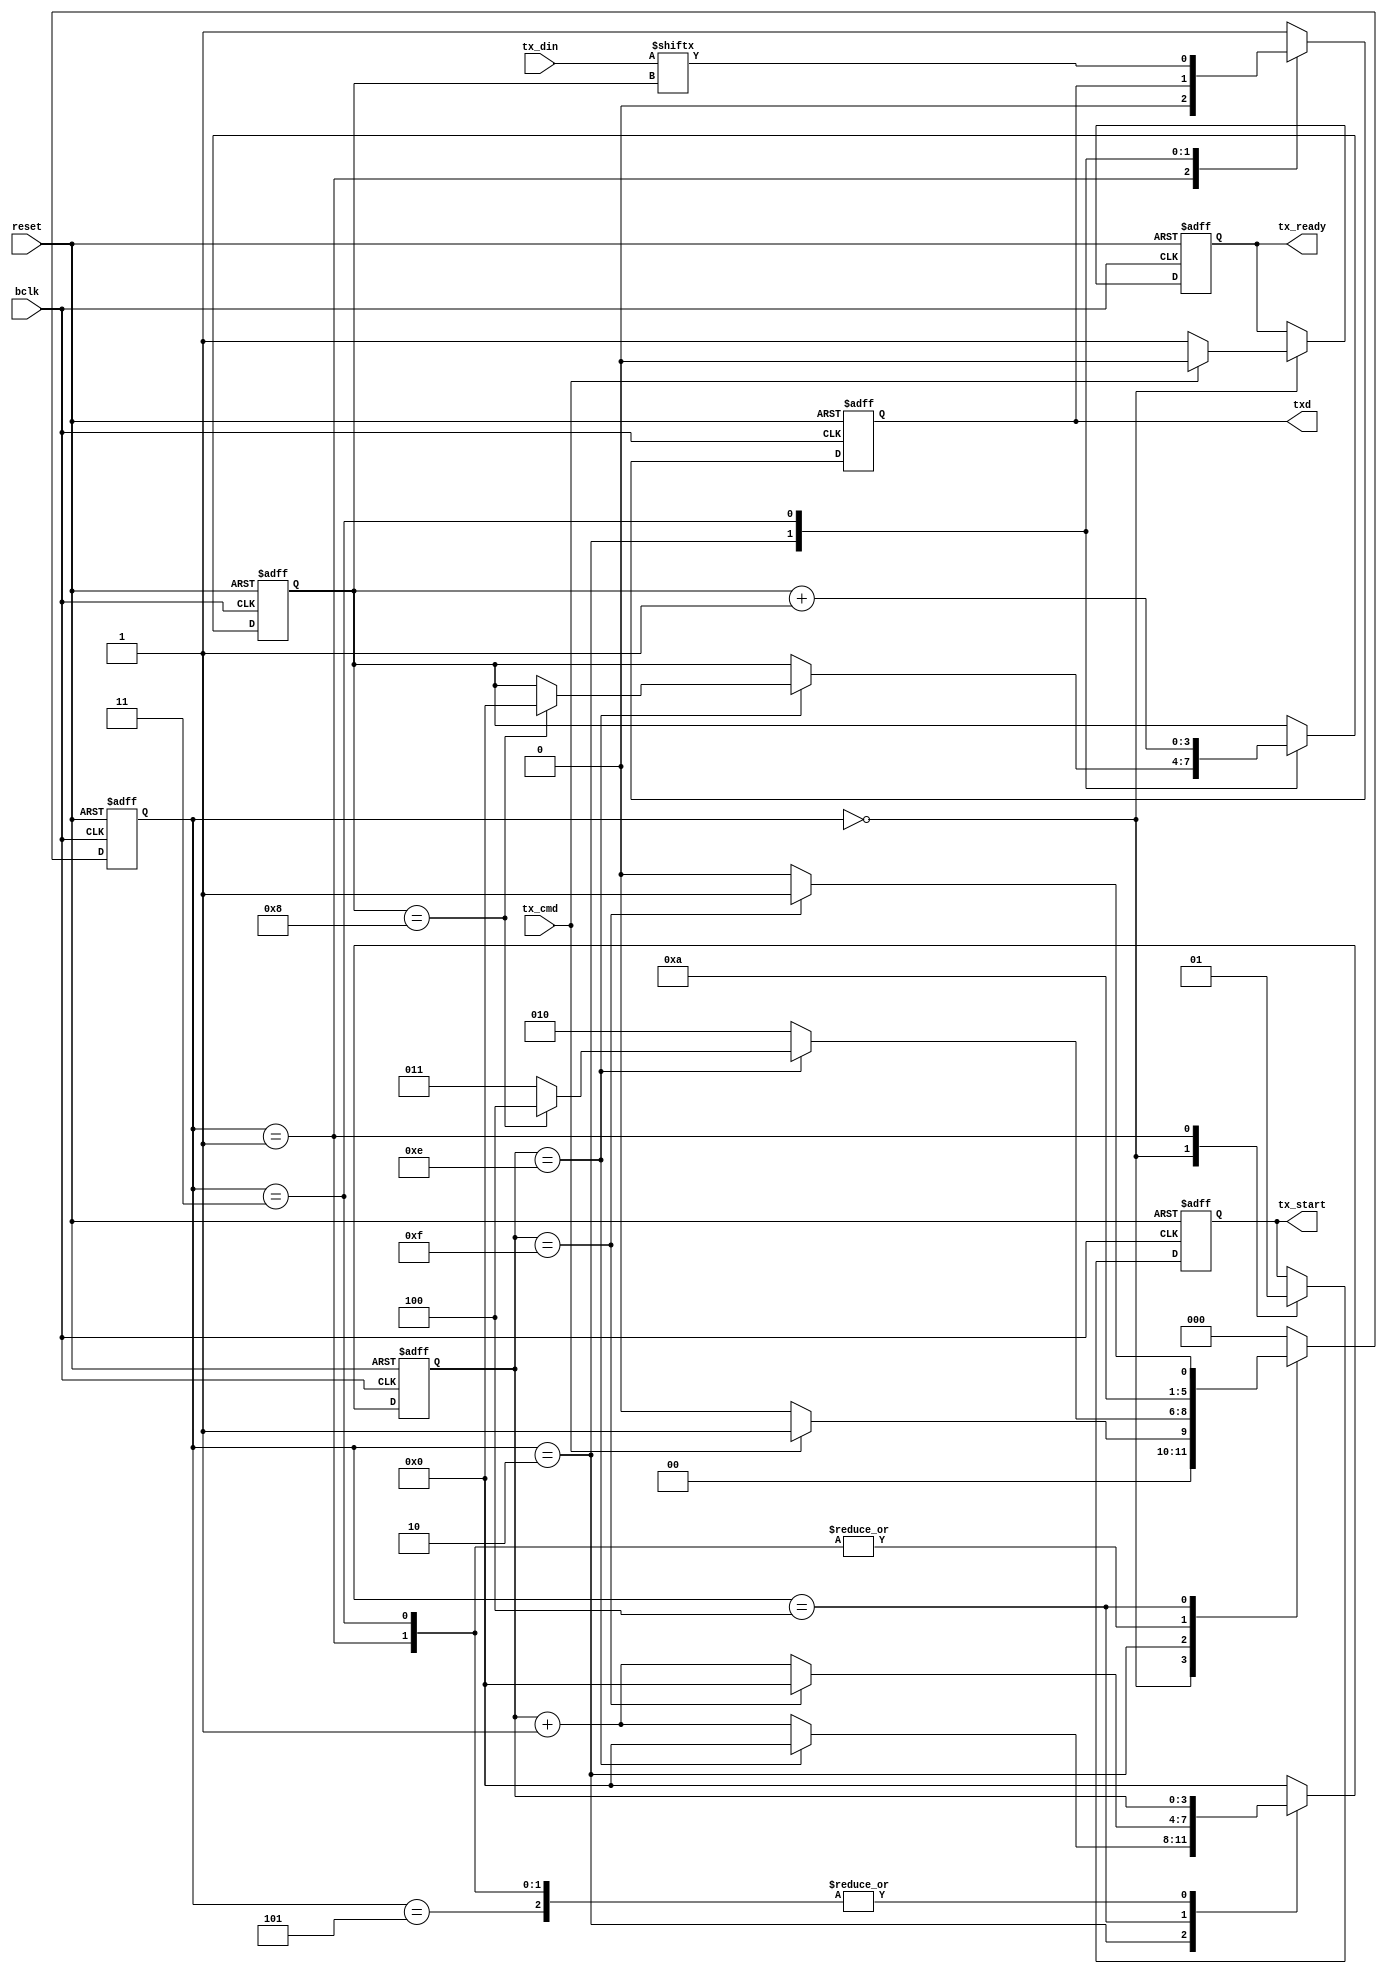
//============================================================================//
//  Module:         uart_tx.v
//  Author          
//  Creation Date:  
//  Last Modified:  
//  Purpose:
//============================================================================//

`timescale 1ns/1ps

module rs485_tx
(
  bclk, 
  reset, 
  tx_din, 
  tx_cmd, 
  tx_start,
  tx_ready, 
  txd
);
//============================================================================//
// Inputs and Outputs 
//============================================================================//
  input           bclk;
  input           reset;
  input           tx_cmd;
  input  [7:0]    tx_din;
  output reg      tx_start;
  output reg      tx_ready;
  output reg      txd;
//============================================================================//
// Output regs
//============================================================================//
//============================================================================//
// Parameters
//============================================================================//
  parameter [3:0] Lframe  = 8;
  parameter [2:0] s_idle  = 3'b000;
  parameter [2:0] s_start = 3'b001;
  parameter [2:0] s_wait  = 3'b010;
  parameter [2:0] s_shift = 3'b011;
  parameter [2:0] s_stop  = 3'b100;
  parameter [2:0] s_ready = 3'b101;

//============================================================================//
// Internal Signals declaration
//============================================================================//
  reg  [2:0]    state;
  reg  [3:0]    cnt;
  reg  [3:0]    dcnt;
//============================================================================//
// Main code start here
//============================================================================// 

  always @(negedge reset or posedge bclk) 
  begin
      if(!reset) 
      begin
          state    <= s_idle;
          cnt      <= 4'b0;
          tx_ready <= 1;
          txd     <= 1;
		  tx_start <= 1'b0;
		  dcnt   <= 4'b0;
      end
      else 
      begin
          case(state)
          s_idle: 
          begin
              tx_ready <= 1;
              cnt <= 0;
              txd <= 1'b1;
			  tx_start <= 0;
              if(tx_cmd == 1'b1)
			  begin
                  state <= s_start;
				  tx_ready <= 0;
			  end
              else
                  state <= s_idle;
          end
          
          s_start: 
          begin
              txd <= 1'b0;
			  tx_start <= 1;
              state <= s_wait;
          end
          
          s_wait: 
          begin
              if(cnt == 4'b1110) 
              begin
                  cnt <= 0;
                  if(dcnt == Lframe) 
                  begin
                      state <= s_stop;
                      dcnt  <= 0;
                      txd <= txd;
                  end
                  else  
                  begin
                      state <= s_shift;
                      txd  <= txd;
                  end
              end
              else 
              begin
                  state <= s_wait;
                  cnt <= cnt + 1;
              end
          end
          
          s_shift: 
          begin
              txd <= tx_din[dcnt];
              dcnt <= dcnt + 1;
              state <= s_wait;
          end
          
          s_stop: 
          begin
              txd     <= 1'b1;
              if(cnt == 4'b1111) 
              begin
                  state <= s_ready;
                  cnt   <= 0;
              end
              else 
              begin
                  state <= s_stop;
                  cnt <= cnt + 1;
              end
          end
		  
		  s_ready: 
          begin
              txd     <= 1'b1;
			  state <= s_idle;
          end
		  
          default:
          begin
              state    <= s_idle;
              cnt      <= 0;
              txd     <= 1;
          end
          endcase
      end
  end
//============================================================================//
// Main code end here
//============================================================================// 
endmodule